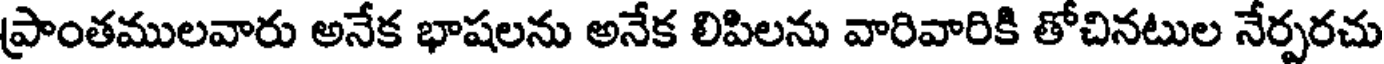
ప్రాంతములవారు అనేక భాషలను అనేక లిపిలను వారివారికి తోచినటుల నేర్పరచు